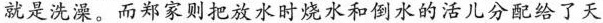
就是洗澡。而郑家则把放水时烧水和倒水的活儿分配给了天